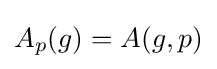
A_{p}(g)=A(g,p)